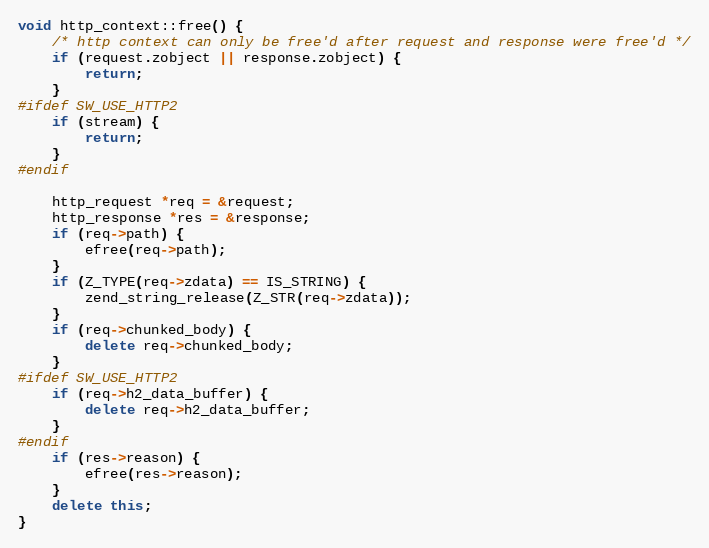
Language: C++
void http_context::free() {
    /* http context can only be free'd after request and response were free'd */
    if (request.zobject || response.zobject) {
        return;
    }
#ifdef SW_USE_HTTP2
    if (stream) {
        return;
    }
#endif

    http_request *req = &request;
    http_response *res = &response;
    if (req->path) {
        efree(req->path);
    }
    if (Z_TYPE(req->zdata) == IS_STRING) {
        zend_string_release(Z_STR(req->zdata));
    }
    if (req->chunked_body) {
        delete req->chunked_body;
    }
#ifdef SW_USE_HTTP2
    if (req->h2_data_buffer) {
        delete req->h2_data_buffer;
    }
#endif
    if (res->reason) {
        efree(res->reason);
    }
    delete this;
}